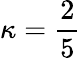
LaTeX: \kappa=\frac{2}{5}